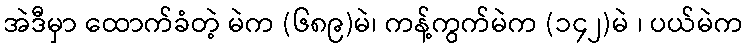
အဲဒီမှာ ထောက်ခံတဲ့ မဲက (၆၈၉)မဲ၊ ကန့်ကွက်မဲက (၁၄၂)မဲ ၊ ပယ်မဲက